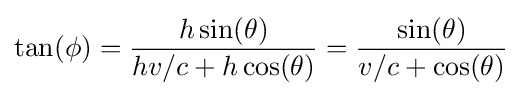
\tan(\phi )={\frac {h\sin(\theta )}{hv/c+h\cos(\theta )}}={\frac {\sin(\theta )}{v/c+\cos(\theta )}}